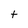
Character: t